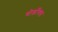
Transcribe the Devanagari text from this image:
बोर्डोक्स